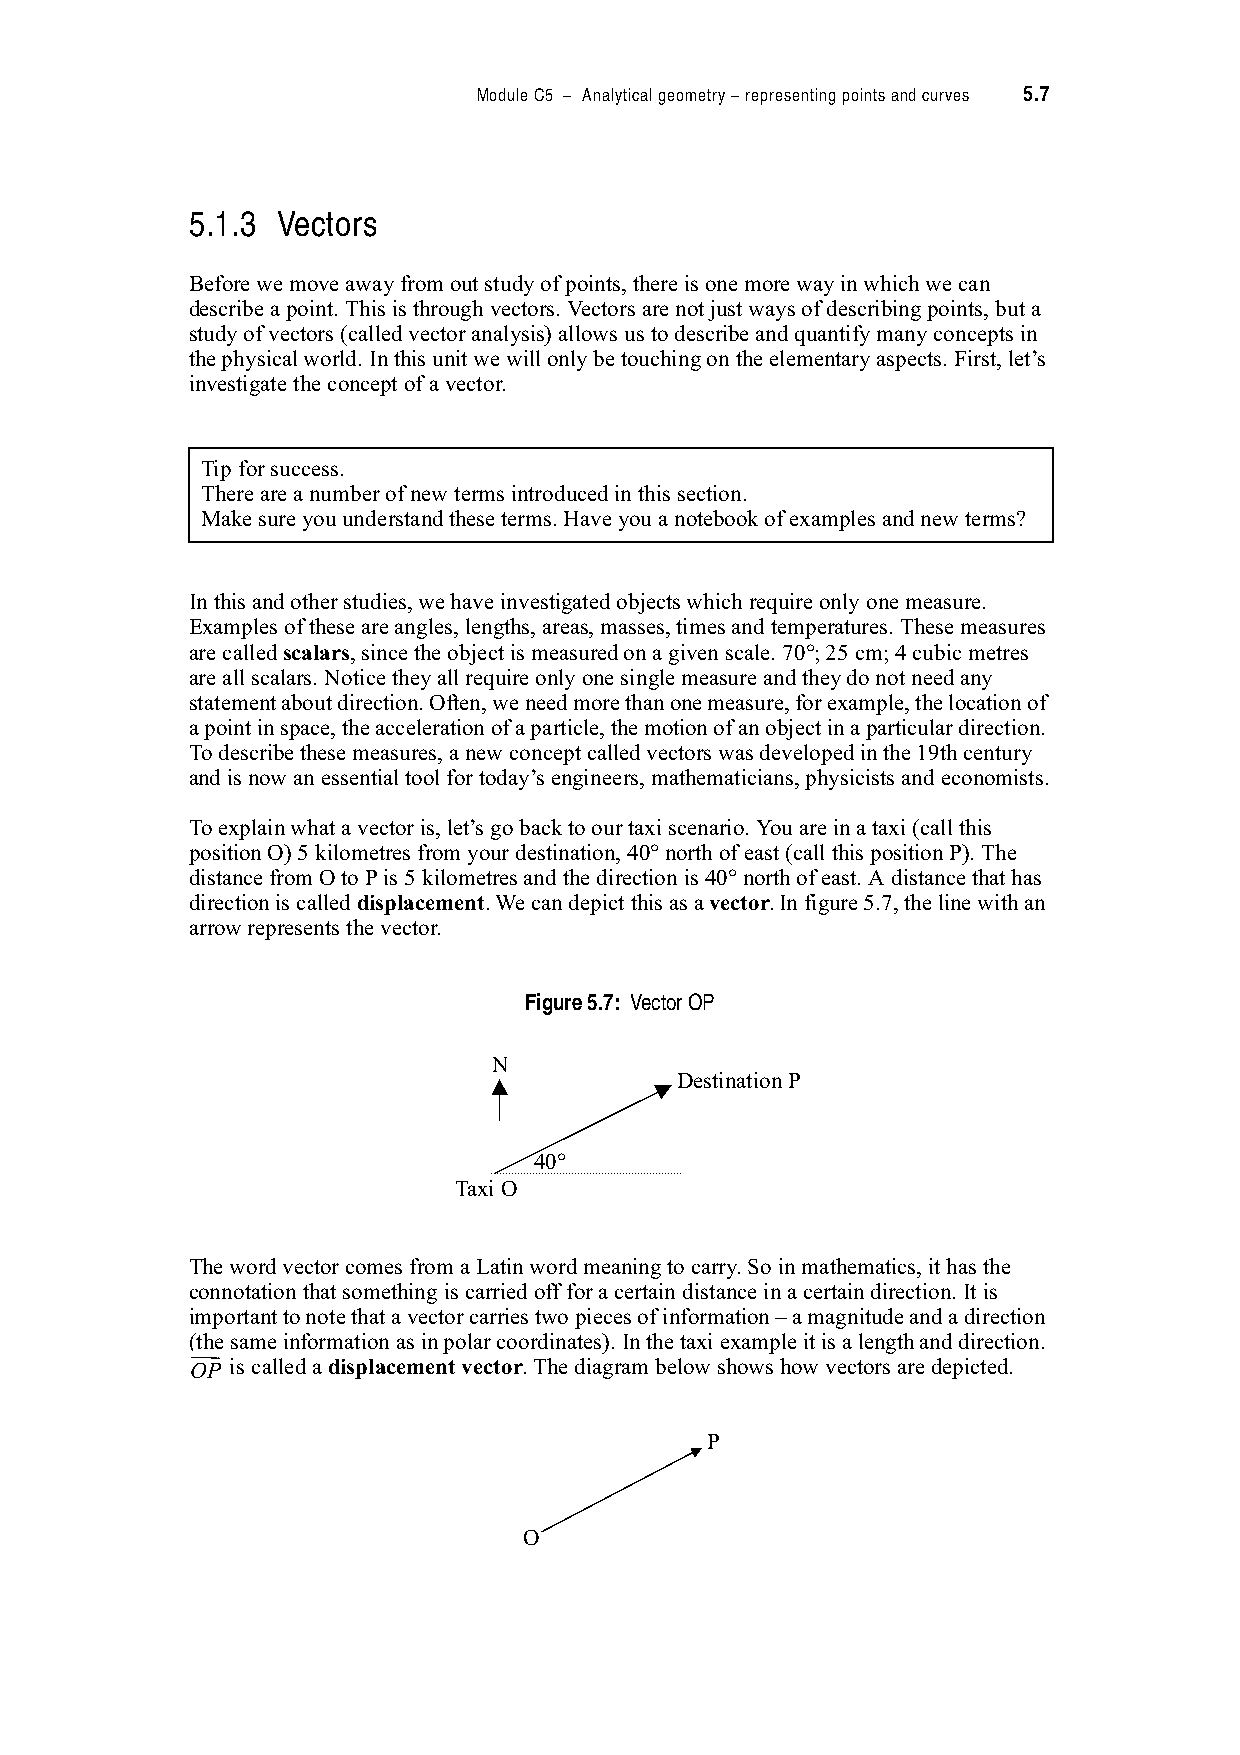
Module C5 – Analytical geometry – representing points and curves 5.7
 5.1.3 Vectors
 Before we move away from out study of points, there is one more way in which we can
 describe a point. This is through vectors. Vectors are not just ways of describing points, but a
 study of vectors (called vector analysis) allows us to describe and quantify many concepts in
 the physical world. In this unit we will only be touching on the elementary aspects. First, let’s
 investigate the concept of a vector.
 Tip for success.
 There are a number of new terms introduced in this section.
 Make sure you understand these terms. Have you a notebook of examples and new terms?
 In this and other studies, we have investigated objects which require only one measure.
 Examples of these are angles, lengths, areas, masses, times and temperatures. These measures
 are called scalars, since the object is measured on a given scale. 70!; 25 cm; 4 cubic metres
 are all scalars. Notice they all require only one single measure and they do not need any
 statement about direction. Often, we need more than one measure, for example, the location of
 a point in space, the acceleration of a particle, the motion of an object in a particular direction.
 To describe these measures, a new concept called vectors was developed in the 19th century
 and is now an essential tool for today’s engineers, mathematicians, physicists and economists.
 To explain what a vector is, let’s go back to our taxi scenario. You are in a taxi (call this
 position O) 5 kilometres from your destination, 40! north of east (call this position P). The
 distance from O to P is 5 kilometres and the direction is 40! north of east. A distance that has
 direction is called displacement. We can depict this as a vector. In figure 5.7, the line with an
 arrow represents the vector.
 Figure 5.7: Vector OP
 N
 Destination P
 40!
 Taxi O
 The word vector comes from a Latin word meaning to carry. So in mathematics, it has the
 connotation that something is carried off for a certain distance in a certain direction. It is
 important to note that a vector carries two pieces of information – a magnitude and a direction
 ( t h !e same information as in polar coordinates). In the taxi example it is a length and direction.
 OP is called a displacement vector. The diagram below shows how vectors are depicted.
 P
 O